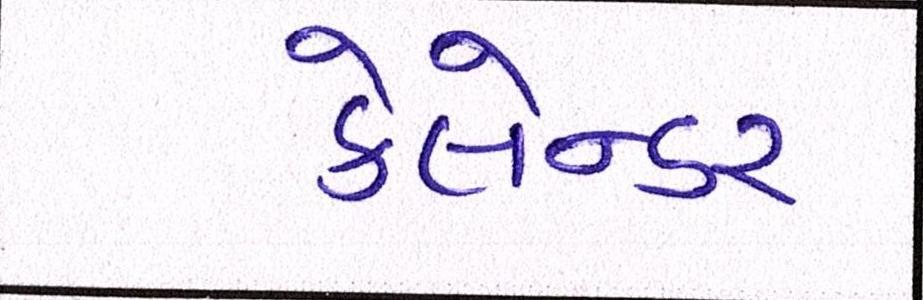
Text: કેલેન્ડર